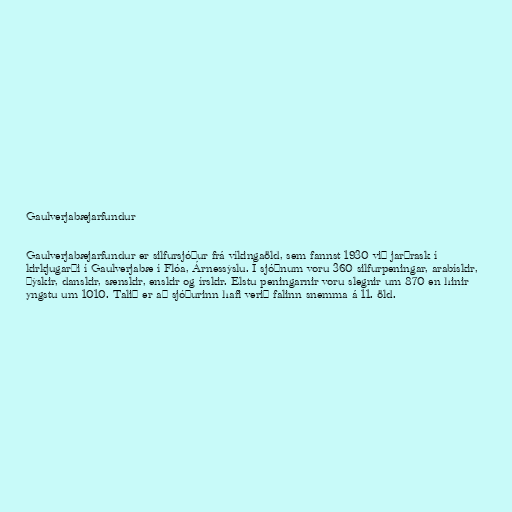
Gaulverjabæjarfundur

Gaulverjabæjarfundur er silfursjóður frá víkingaöld, sem fannst 1930 við jarðrask í
kirkjugarði í Gaulverjabæ í Flóa, Árnessýslu. Í sjóðnum voru 360 silfurpeningar, arabískir,
þýskir, danskir, sænskir, enskir og írskir. Elstu peningarnir voru slegnir um 870 en hinir
yngstu um 1010. Talið er að sjóðurinn hafi verið falinn snemma á 11. öld.